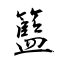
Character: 籃